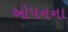
ઓપનના